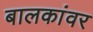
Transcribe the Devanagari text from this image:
बालकांवर